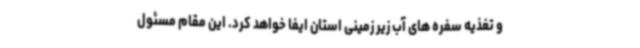
و تغذیه سفره های آب زیر زمینی استان ایفا خواهد کرد. این مقام مسئول